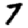
Digit: 7